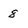
Character: 8